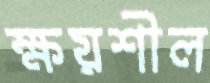
ক্ষয়শীল